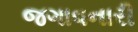
જગાવનારી